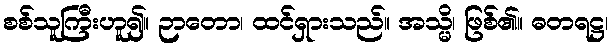
စစ်သူကြီးဟူ၍။ ဉာတော၊ ထင်ရှားသည်။ အသ္မိ၊ ဖြစ်၏။ ဓတရဋ္ဌ၊